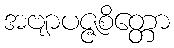
အဗျာပဇ္ဇစိတ္တော